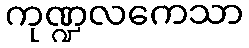
ကုဏ္ဍလကေသာ